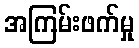
အကြမ်းဖက်မှု